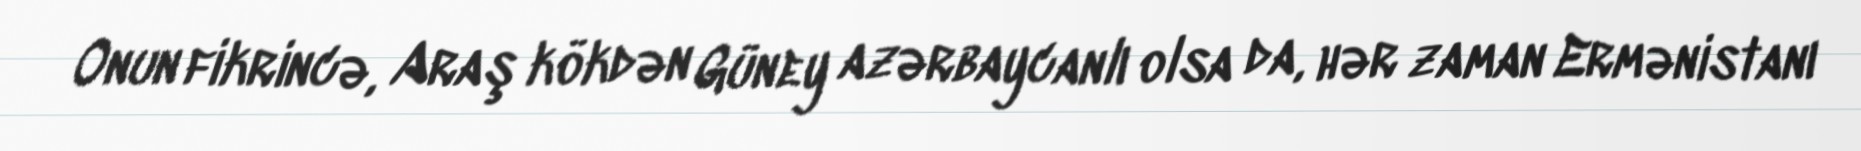
Onun fikrincə, Araş kökdən Güney azərbaycanlı olsa da, hər zaman Ermənistanı